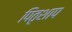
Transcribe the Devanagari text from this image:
पितृशाप